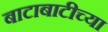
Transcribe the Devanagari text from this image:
बाटाबाटीच्या